Insane asylums Bombay 1873-77 - 1873-1877
Year: 1873
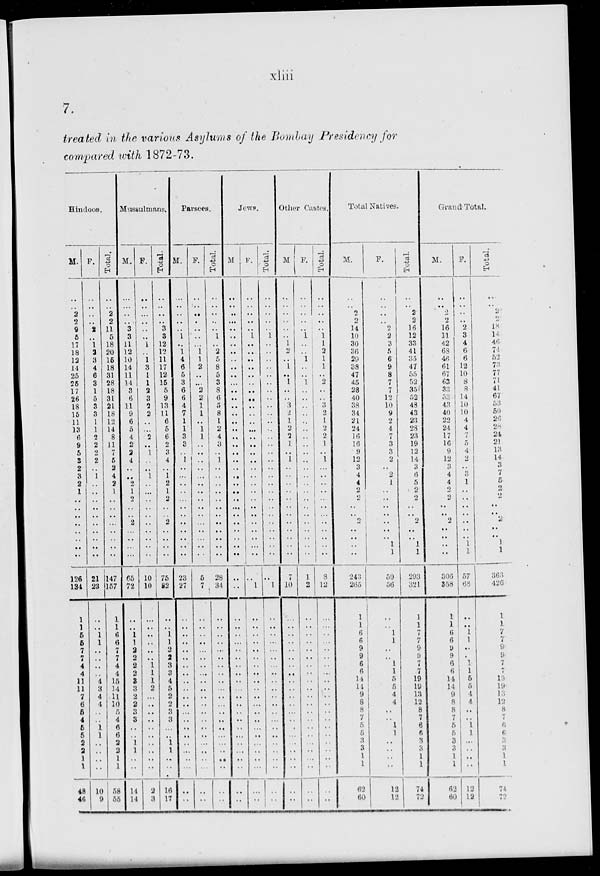
xliii
7.
treated in the various Asylums of the Bombay Presidency for
compared with 1872-73.
Hindoos.
M.
..
..
2
2
9
5
17
18
12
14
25
25
17
26
18
15
11
13
6
9
5
3
2
3
2
1
..
..
..
..
..
..
..
..
126
134
1
1
5
5
7
7
4
4
11
11
7
6
5
4
5
5
2
2
1
1
48
46
F.
..
..
..
..
2
..
1
2
3
4
6
3
1
5
3
3
1
1
2
2
2
2
..
1
..
..
..
..
..
..
..
..
..
..
21
23
..
..
1
1
..
..
..
..
4
3
4
4
..
..
1
1
..
..
..
..
10
9
Total.
..
..
2
2
11
5
18
20
15
18
31
28
18
31
21
18
12
14
8
11
7
5
2
4
2
1
..
..
..
..
..
..
..
..
147
157
1
1
6
6
7
7
4
4
15
14
11
10
5
4
6
6
2
2
1
1
58
55
Mussulmans.
M.
..
..
..
..
3
3
11
12
10
14
11
14
3
6
11
9
6
5
4
2
2
4
..
..
2
1
2
..
..
2
..
..
..
..
65
72
..
..
1
1
2
2
2
2
3
3
2
2
3
3
..
..
1
1
..
..
14
14
F.
..
..
..
..
..
..
1
..
1
3
1
1
2
3
2
2
..
..
2
..
1
..
..
1
..
..
..
..
..
..
..
..
..
..
10
10
..
..
..
..
..
..
1
1
1
2
..
..
..
..
..
..
..
..
..
..
2
3
Total.
..
..
..
..
3
3
12
12
11
17
12
15
5
9
13
11
6
5
6
2
3
4
..
1
2
1
2
..
..
2
..
..
..
..
75
82
..
..
1
1
2
2
3
3
4
5
2
2
3
3
..
..
1
1
..
..
16
17
Parsees.
M.
..
..
..
..
..
1
..
1
4
6
5
3
6
6
4
7
1
1
3
3
..
1
..
..
..
..
..
..
..
..
..
..
..
..
23
27
..
..
..
..
..
..
..
..
..
..
..
..
..
..
..
..
..
..
..
..
..
..
F.
..
..
..
..
..
..
..
1
1
2
..
..
2
2
1
1
..
1
1
..
..
..
..
..
..
..
..
..
..
..
..
..
..
..
5
7
..
..
..
..
..
..
..
..
..
..
..
..
..
..
..
..
..
..
..
..
..
..
Total.
..
..
..
..
..
1
..
2
5
8
5
3
8
6
5
8
1
2
4
3
..
1
..
..
..
..
..
..
..
..
..
..
..
..
28
34
..
..
..
..
..
..
..
..
..
..
..
..
..
..
..
..
..
..
..
..
..
..
Jews.
M.
..
..
..
..
..
..
..
..
..
..
..
..
..
..
..
..
..
..
..
..
..
..
..
..
..
..
..
..
..
..
..
..
..
..
..
..
..
..
..
..
..
..
..
..
..
..
..
..
..
..
..
..
..
..
..
..
..
..
F.
..
..
..
..
..
1
..
..
..
..
..
..
..
..
..
..
..
..
..
..
..
..
..
..
..
..
..
..
..
..
..
..
..
..
..
1
..
..
..
..
..
..
..
..
..
..
..
..
..
..
..
..
..
..
..
..
..
Total.
..
..
..
..
..
1
..
..
..
..
..
..
..
..
..
..
..
..
..
..
..
..
..
..
..
..
..
..
..
..
..
..
..
..
..
1
..
..
..
..
..
..
..
..
..
..
..
..
..
..
..
..
..
..
..
..
..
..
Other Castes.
M.
..
..
..
..
..
..
1
2
..
1
..
1
..
..
3
2
1
2
2
1
..
1
..
..
..
..
..
..
..
..
..
..
..
..
7
10
..
..
..
..
..
..
..
..
..
..
..
..
..
..
..
..
..
..
..
..
..
..
F.
..
..
..
..
..
1
..
..
1
..
..
1
..
..
..
..
..
..
..
..
..
..
..
..
..
..
..
..
..
..
..
..
..
..
1
2
..
..
..
..
..
..
..
..
..
..
..
..
..
..
..
..
..
..
..
..
..
..
Total.
..
..
..
..
..
1
1
2
1
1
..
2
..
..
3
2
1
2
2
1
..
1
..
..
..
..
..
..
..
..
..
..
..
..
8
12
..
..
..
..
..
..
..
..
..
..
..
..
..
..
..
..
..
..
..
..
..
..
Total Natives.
M.
..
..
2
2
14
10
30
36
29
38
47
45
28
40
38
34
21
24
16
16
9
12
3
4
4
2
2
..
..
2
..
..
..
..
243
265
1
1
6
6
9
9
6
6
14
14
9
8
8
7
5
5
3
3
1
1
62
60
F.
..
..
..
..
2
2
3
5
6
9
8
7
7
12
10
9
2
4
7
3
3
2
..
2
1
..
..
..
..
..
..
..
1
1
50
56
..
..
1
1
..
..
1
1
5
5 4
4
..
..
1
1
..
..
..
..
12
12
Total.
..
..
2
2
16
12
33
41
35
47
55
52
35
52
48
43
23
28
23
19
12
14
3
6
5
2
2
..
..
2
..
..
1
1
293
321
1
1
7
7
9
9
7
7
19
19
13
12
8
7
6
6
3
3
1
1
74
72
Grand Total.
M.
..
..
2
2
16
11
42
68
46
61
67
63
33
53
43
40
22
24
17
16
9
12
3
4
4
2
2
..
..
2
..
..
..
..
306
358
1
1
6
6
9
9
6
6
14
14
9
8
8
7
5
5
3
3
1
1
62
60
F.
..
..
..
..
2
3
4
6
6
12
10
8
8
14
10
10
4
4
7
5
4
2
..
3
1
..
..
..
..
..
..
..
1
1
57
68
..
..
1
1
..
..
1
1
5
5
4
4
..
..
1
1
..
..
..
..
12
12
Total.
..
,.
2
2
18
14
46
74
52
73
77
71
41
67
53
50
26
28
24
21
13
14
3
7
5
2
2
..
..
2
..
..
1
1
363
426
1
1
7
7
9
9
7
7
19
19
13
12
8
7
6
6
3
3
1
1
74
72